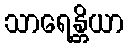
သာရေန္တိယာ